Indian journal of veterinary science and animal husbandry - Volume 10,
Year: 1940
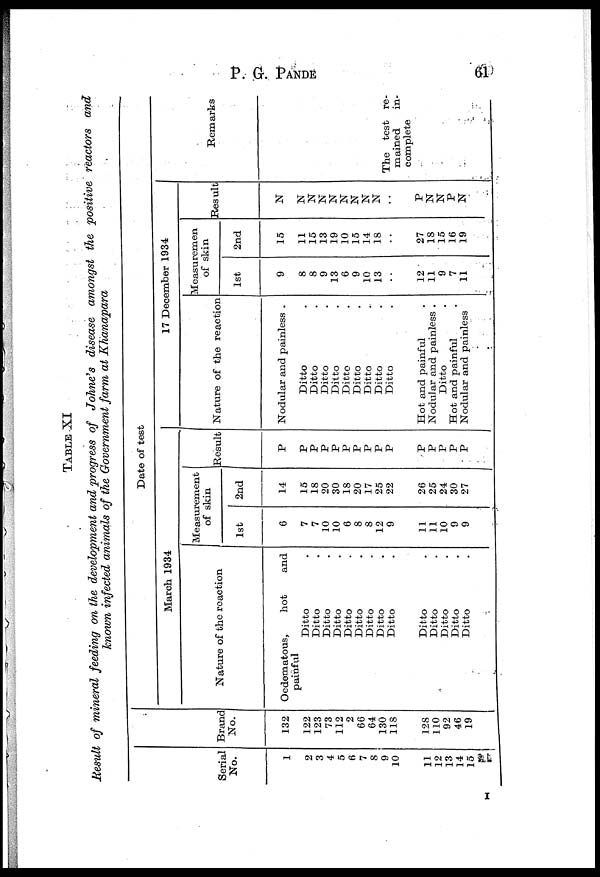
P. G.
PANDE
61
TABLE XI
Result of mineral feeding on the development and progress of Johne's disease amongst the positive reactors and
known infected animals of the Government farm at Khanapara
Serial
No.
1
2
3
4
5
6
7
8
9
10
11
12
13
14
15
Brand
No.
132
122
123
73
112
2
66
64
130
118
128
110
92
46
19
Date of test
March 1934
Nature of the reaction
Oedematous,
hot
and
painful
Ditto .
Ditto .
Ditto .
Ditto .
Ditto .
Ditto .
Ditto .
Ditto .
Ditto .
Ditto .
Ditto .
Ditto .
Ditto .
Ditto .
Measurement
of skin
1st
6
7
7
10
10
6
8
8
12
9
11
11
10
9
9
2nd
14
15
18
20
30
18
20
17
25
22
26
25
24
30
27
Result
P
P
P
P
P
P
P
P
P
P
P
P
P
P
P
17 December 1934
Nature of the reaction
Nodular and painless .
Ditto .
Ditto .
Ditto .
Ditto .
Ditto .
Ditto .
Ditto .
Ditto .
Ditto .
Hot and painful .
Nodular and painless .
Ditto .
Hot and painful .
Nodular and painless
Measuremen
of skin
1st
9
8
8
9
13
6
9
10
13
..
12
11
9
7
11
2nd
15
11
15
13
19
10
15
14
18
..
27
18
15
16
19
Result
N
N
N
N
N
N
N
N
N
..
P
N
N
P
N
Remarks
The test re-
mained
in-
complete